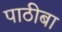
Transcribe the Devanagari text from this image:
पाठीबा